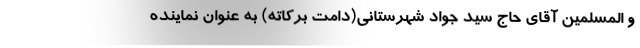
و المسلمین آقای حاج سید جواد شهرستانی(دامت برکاته) به عنوان نماینده